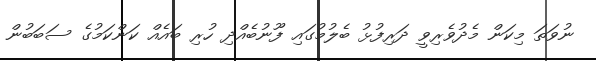
ނުވަތަ މިކަން މެދުވެރިވީ ދަރިފުޅު ބެލުމުގައި ފޫނުބެއްދި ހުރި ބައެއް ކަންކަމުގެ ސަބަބުން